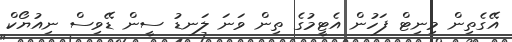
އޭގެތިން މިނިޓް ފަހުން އެޓީމުގެ ތިން ވަނަ ލަނޑު ސީން ޑޭވިސް ނިއުޔޯކް